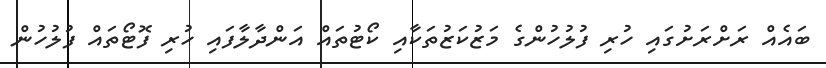
ބައެއް ރަށްރަށުގައި ހުރި ފުލުހުންގެ މަޒުކަޒުތަކާއި ކޯޓުތައް އަންދާލާފައި ހުރި ފޮޓޯތައް ފުލުހުން